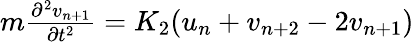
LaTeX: \begin{array}{r}{m\frac{\partial^{2}v_{n+1}}{\partial t^{2}}=K_{2}(u_{n}+v_{n+2}-2v_{n+1})}\end{array}